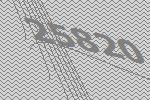
25820